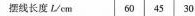
摆线长度Lcm|60│45│30